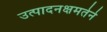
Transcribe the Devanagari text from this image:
उत्पादनक्षमतेने